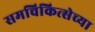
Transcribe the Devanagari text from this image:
समचिकित्सेच्या